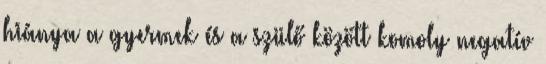
hiánya a gyermek és a szülő között komoly negatív